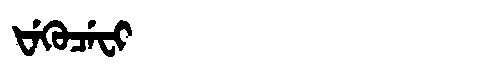
Manchu: ᡶᡝᡴᡠᠴᡝᠸᡳ
Romanization: FEKUCEFI